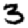
Digit: 3